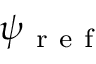
\psi _ { \mathrm { ~ r ~ e ~ f ~ } }